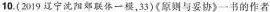
10.(2019辽宁阳郊联体一模，33)(原则与妥协》一书的作者